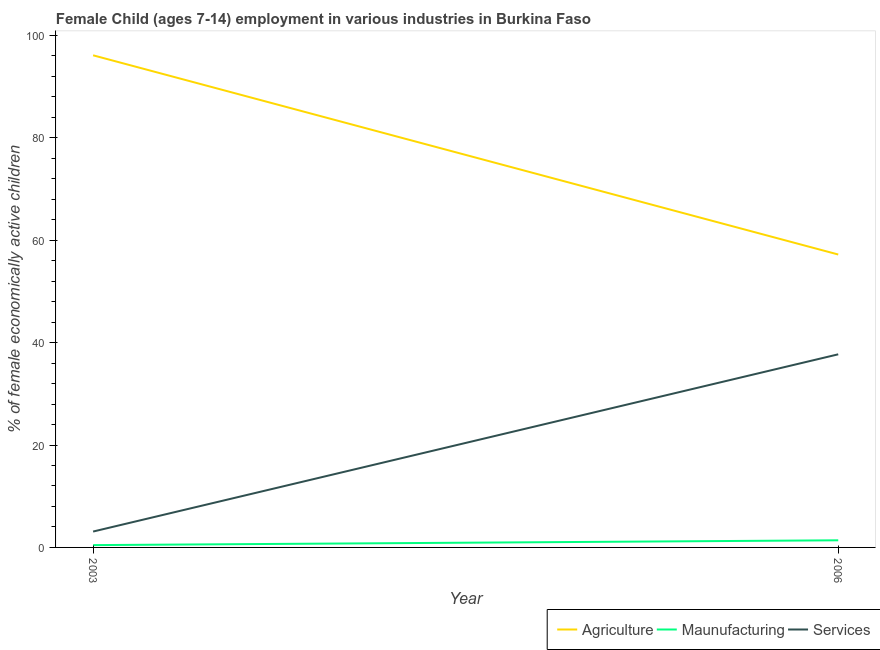
| Year | Agriculture | Maunufacturing | Services |
 | --- | --- | --- | --- |
 | 2003 | 96.1 | 0.451 | 3.1 |
 | 2006 | 57.2 | 1.39 | 37.7 |